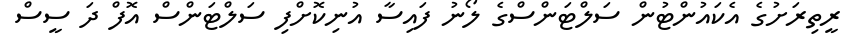
ރީތިރަށުގެ އެކައުންޓުން ސަލްޓަންސްގެ ލޯނު ފައިސާ އުނިކޮށްފި ސަލްޓަންސް އޮފް ދަ ސީސް